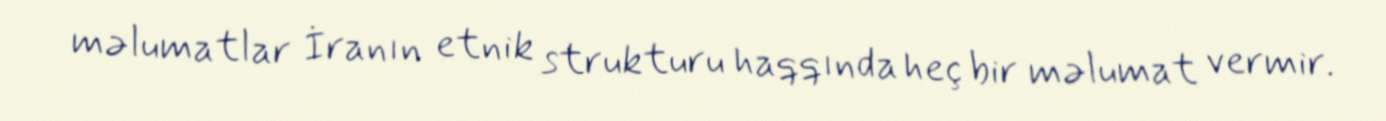
məlumatlar İranın etnik strukturu haqqında heç bir məlumat vermir.